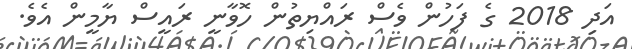
އަދި 2018 ގެ ފަހުން ވެސް ރައްޔިތުން ހޮވާނީ ރައީސް ޔާމީން އެވެ.